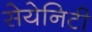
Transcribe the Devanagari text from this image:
सेयेनिटी